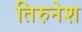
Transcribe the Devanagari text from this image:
तिरुनेश